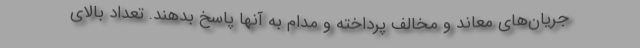
جریان‌های معاند و مخالف پرداخته و مدام به آنها پاسخ بدهند. تعداد بالای